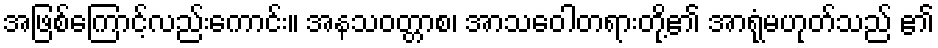
အဖြစ်ကြောင့်လည်းကောင်း။ အနသဝတ္တာစ၊ အာသဝေါတရားတို့၏ အာရုံမဟုတ်သည် ၏